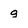
Character: g